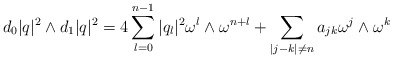
\begin{align*} d_0|q|^2\wedge d_1|q|^2=4 \sum_{l=0}^{n-1}|q_l|^2 \omega^l\wedge \omega^{n+l}+\sum_{|j-k|\not = n}a_{jk}\omega^j\wedge \omega^k \end{align*}